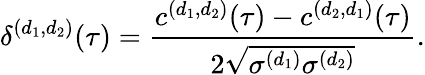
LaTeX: \delta^{(d_{1},d_{2})}(\tau)=\frac{c^{(d_{1},d_{2})}(\tau)-c^{(d_{2},d_{1})}(\tau)}{2\sqrt{\sigma^{(d_{1})}\sigma^{(d_{2})}}}.